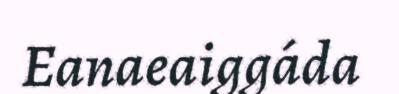
Eanaeaiggáda